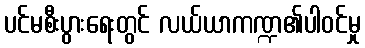
ပင်မစီးပွားရေးတွင် လယ်ယာကဏ္ဍ၏ပါဝင်မှု